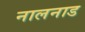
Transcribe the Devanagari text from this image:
नालनाड